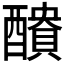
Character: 𮡁